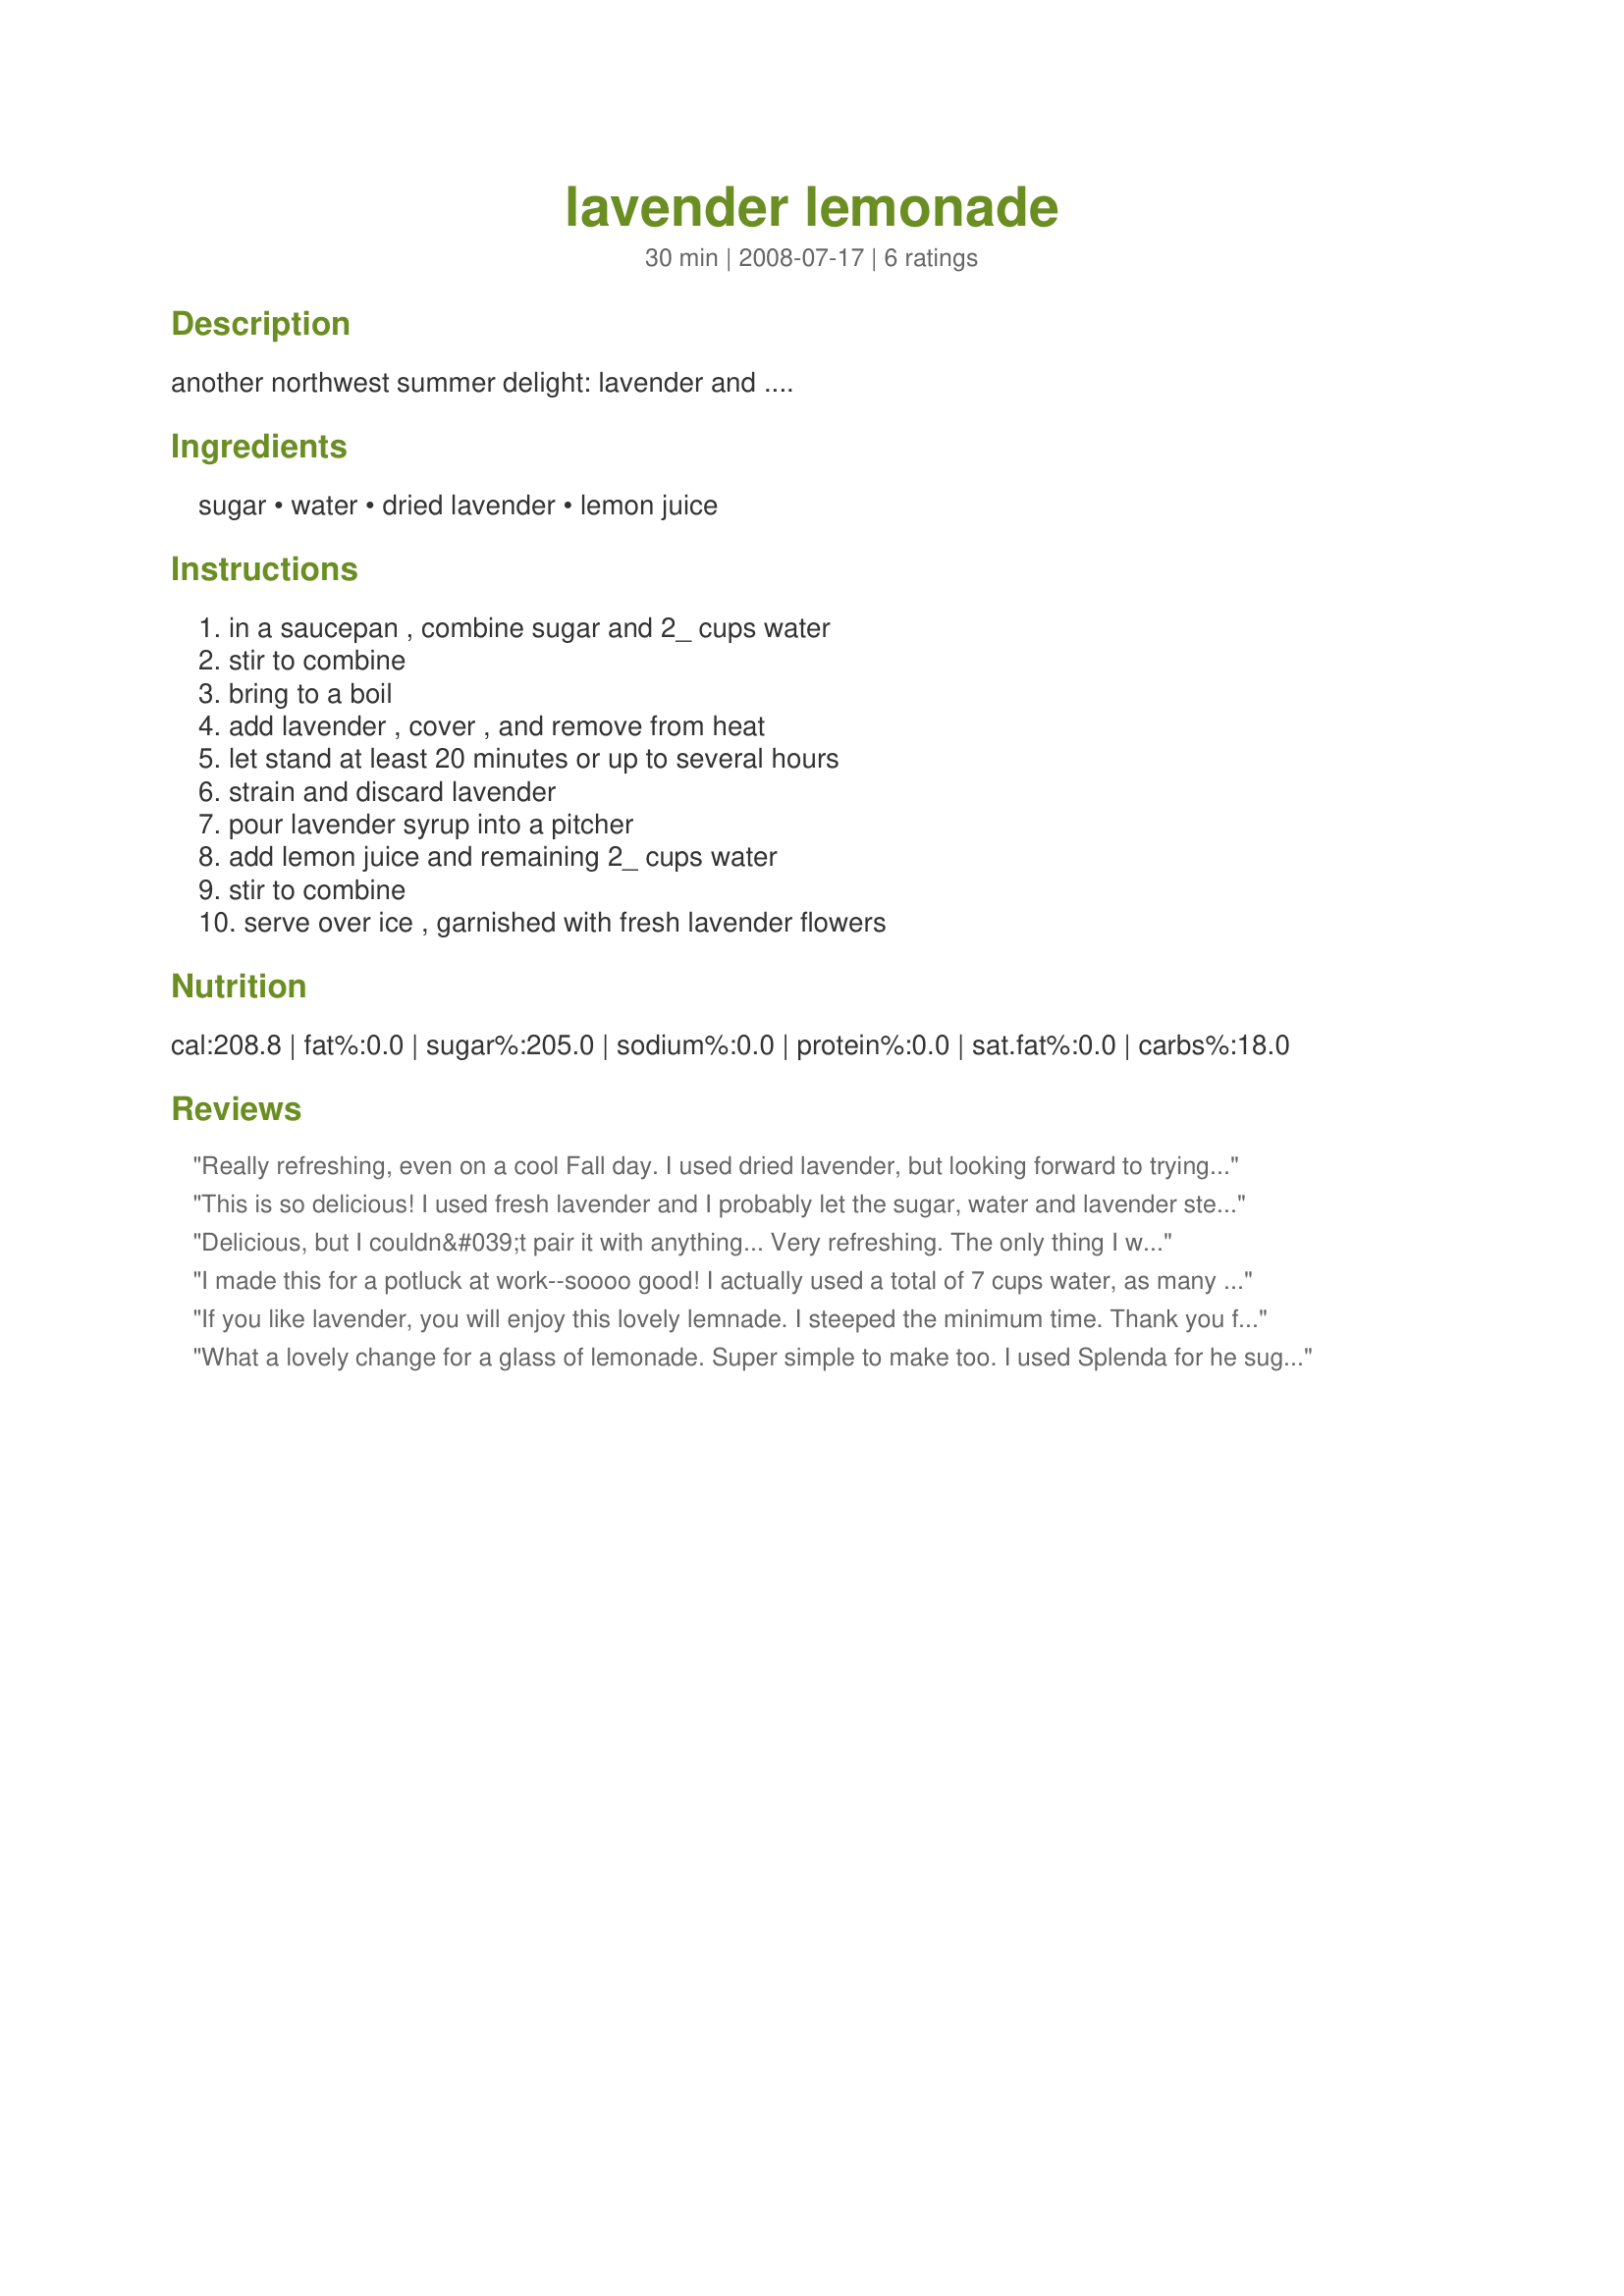
lavender lemonade
Preparation time: 30 minutes

another northwest summer delight: lavender and ....

Ingredients:
sugar, water, dried lavender, lemon juice

Steps:
in a saucepan , combine sugar and 2_ cups water, stir to combine, bring to a boil, add lavender , cover , and remove from heat, let stand at least 20 minutes or up to several hours, strain and discard lavender, pour lavender syrup into a pitcher, add lemon juice and remaining 2_ cups water, stir to combine, serve over ice , garnished with fresh lavender flowers

Reviews:
Really refreshing, even on a cool Fall day. I used dried lavender, but looking forward to trying this during the summer with fresh lavender from my garden. I used Splenda instead of sugar. Made for Fall 2009 PAC.
This is so delicious! I used fresh lavender and I probably let the sugar, water and lavender steep for about 3 hours, while making some other recipes. What an easy recipe this was for how many ooh's & aah's it got from my family. I can't wait to make it for our summer BBQs! Thanks for sharing, BarbryT! :D Made & enjoyed for Spring 2010 PAC-O.
Delicious, but I couldn&#039;t pair it with anything... Very refreshing. The only thing I will differently next time is less sugar. Otherwise, perfect poured over lots of ice on a hot summer day! Thanks for sharing.
I made this for a potluck at work--soooo good! I actually used a total of 7 cups water, as many people don't like either lavender or lemon as strong as I do. I used 2 Tbsp. dried lavender flowers and steeped them for about 15 min. before straining and sugaring. The lavender water was a purplish grey, then when I added the lemon juice it turned bright pink... awesome chemistry experiment there too! Tastes great, is so pretty, and I think it would be great taken warm with honey instead of sugar to soothe a sore throat in the winter, too!
If you like lavender, you will enjoy this lovely lemnade. I steeped the minimum time. Thank you for a refreshing summer lemonade!
What a lovely change for a glass of lemonade. Super simple to make too. I used Splenda for he sugar but otherwise it was made as directed with the dried lavender. I let the syrup steep for 2 hrs and thoroughly enjoyed the result with it's sweet-tart and essence of lavender flavor. Made for Pool Party Tag 5/10.
